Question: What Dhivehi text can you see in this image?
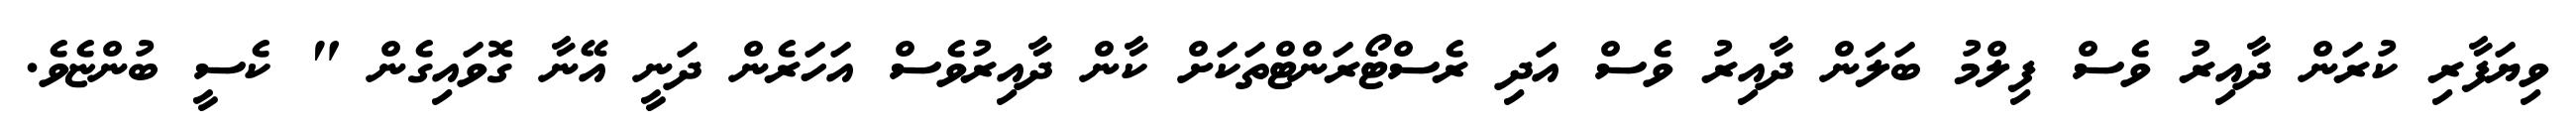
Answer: ވިޔަފާރި ކުރަން ދާއިރު ވެސް ފިލްމު ބަލަން ދާއިރު ވެސް އަދި ރެސްޓޯރަންޓްތަކަށް ކާން ދާއިރުވެސް އަހަރެން ދަނީ އޭނާ ގޮވައިގެން " ކެސީ ބުންޏެވެ.